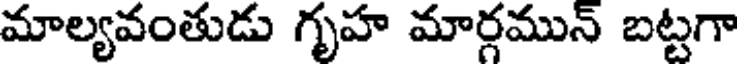
మాల్యవంతుడు గృహ మార్గమున్ బట్టగా